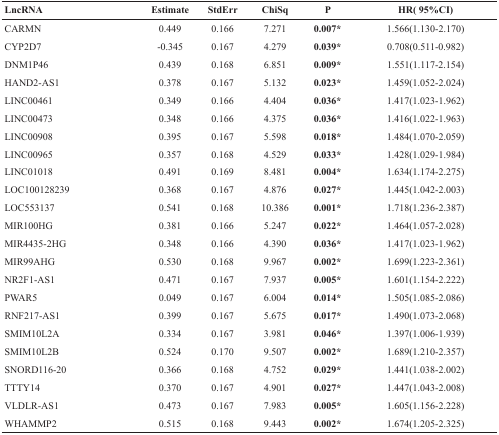
<table><thead><tr><td><b>LncRNA</b></td><td><b>Estimate</b></td><td><b>StdErr</b></td><td><b>ChiSq</b></td><td><b>P</b></td><td><b>HR( 95%CI)</b></td></tr></thead><tbody><tr><td>CARMN</td><td>0.449</td><td>0.166</td><td>7.271</td><td><b>0.007*</b></td><td>1.566(1.130-2.170)</td></tr><tr><td>CYP2D7</td><td>-0.345</td><td>0.167</td><td>4.279</td><td><b>0.039*</b></td><td>0.708(0.511-0.982)</td></tr><tr><td>DNM1P46</td><td>0.439</td><td>0.168</td><td>6.851</td><td><b>0.009*</b></td><td>1.551(1.117-2.154)</td></tr><tr><td>HAND2-AS1</td><td>0.378</td><td>0.167</td><td>5.132</td><td><b>0.023*</b></td><td>1.459(1.052-2.024)</td></tr><tr><td>LINC00461</td><td>0.349</td><td>0.166</td><td>4.404</td><td><b>0.036*</b></td><td>1.417(1.023-1.962)</td></tr><tr><td>LINC00473</td><td>0.348</td><td>0.166</td><td>4.375</td><td><b>0.036*</b></td><td>1.416(1.022-1.963)</td></tr><tr><td>LINC00908</td><td>0.395</td><td>0.167</td><td>5.598</td><td><b>0.018*</b></td><td>1.484(1.070-2.059)</td></tr><tr><td>LINC00965</td><td>0.357</td><td>0.168</td><td>4.529</td><td><b>0.033*</b></td><td>1.428(1.029-1.984)</td></tr><tr><td>LINC01018</td><td>0.491</td><td>0.169</td><td>8.481</td><td><b>0.004*</b></td><td>1.634(1.174-2.275)</td></tr><tr><td>LOC100128239</td><td>0.368</td><td>0.167</td><td>4.876</td><td><b>0.027*</b></td><td>1.445(1.042-2.003)</td></tr><tr><td>LOC553137</td><td>0.541</td><td>0.168</td><td>10.386</td><td><b>0.001*</b></td><td>1.718(1.236-2.387)</td></tr><tr><td>MIR100HG</td><td>0.381</td><td>0.166</td><td>5.247</td><td><b>0.022*</b></td><td>1.464(1.057-2.028)</td></tr><tr><td>MIR4435-2HG</td><td>0.348</td><td>0.166</td><td>4.390</td><td><b>0.036*</b></td><td>1.417(1.023-1.962)</td></tr><tr><td>MIR99AHG</td><td>0.530</td><td>0.168</td><td>9.967</td><td><b>0.002*</b></td><td>1.699(1.223-2.361)</td></tr><tr><td>NR2F1-AS1</td><td>0.471</td><td>0.167</td><td>7.937</td><td><b>0.005*</b></td><td>1.601(1.154-2.222)</td></tr><tr><td>PWAR5</td><td>0.049</td><td>0.167</td><td>6.004</td><td><b>0.014*</b></td><td>1.505(1.085-2.086)</td></tr><tr><td>RNF217-AS1</td><td>0.399</td><td>0.167</td><td>5.675</td><td><b>0.017*</b></td><td>1.490(1.073-2.068)</td></tr><tr><td>SMIM10L2A</td><td>0.334</td><td>0.167</td><td>3.981</td><td><b>0.046*</b></td><td>1.397(1.006-1.939)</td></tr><tr><td>SMIM10L2B</td><td>0.524</td><td>0.170</td><td>9.507</td><td><b>0.002*</b></td><td>1.689(1.210-2.357)</td></tr><tr><td>SNORD116-20</td><td>0.366</td><td>0.168</td><td>4.752</td><td><b>0.029*</b></td><td>1.441(1.038-2.002)</td></tr><tr><td>TTTY14</td><td>0.370</td><td>0.167</td><td>4.901</td><td><b>0.027*</b></td><td>1.447(1.043-2.008)</td></tr><tr><td>VLDLR-AS1</td><td>0.473</td><td>0.167</td><td>7.983</td><td><b>0.005*</b></td><td>1.605(1.156-2.228)</td></tr><tr><td>WHAMMP2</td><td>0.515</td><td>0.168</td><td>9.443</td><td><b>0.002*</b></td><td>1.674(1.205-2.325)</td></tr></tbody></table>